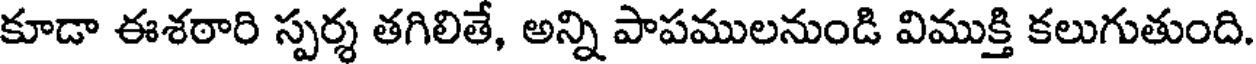
కూడా ఈశఠారి స్పర్శ తగిలితే, అన్ని పాపములనుండి విముక్తి కలుగుతుంది